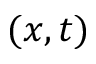
( x , t )